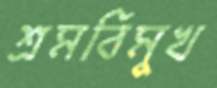
শ্রমবিমুখ